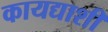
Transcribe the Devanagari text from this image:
कायद्याशी